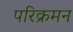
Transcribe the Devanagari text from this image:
परिक्रमन